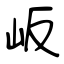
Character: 岅